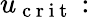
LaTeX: u_{\mathrm{~c~r~i~t~}}: